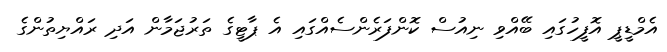
އެމްޑީޕީ އޮފީހުގައި ބޭއްވި ނިއުސް ކޮންފަރެންސެއްގައި އެ ޕާޓީގެ ތަރުޖަމާން އަދި ރައްޔިތުންގެ